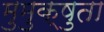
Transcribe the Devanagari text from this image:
मुमुक्षुता